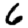
Digit: 6